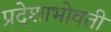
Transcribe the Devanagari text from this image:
प्रदेशाभोवती